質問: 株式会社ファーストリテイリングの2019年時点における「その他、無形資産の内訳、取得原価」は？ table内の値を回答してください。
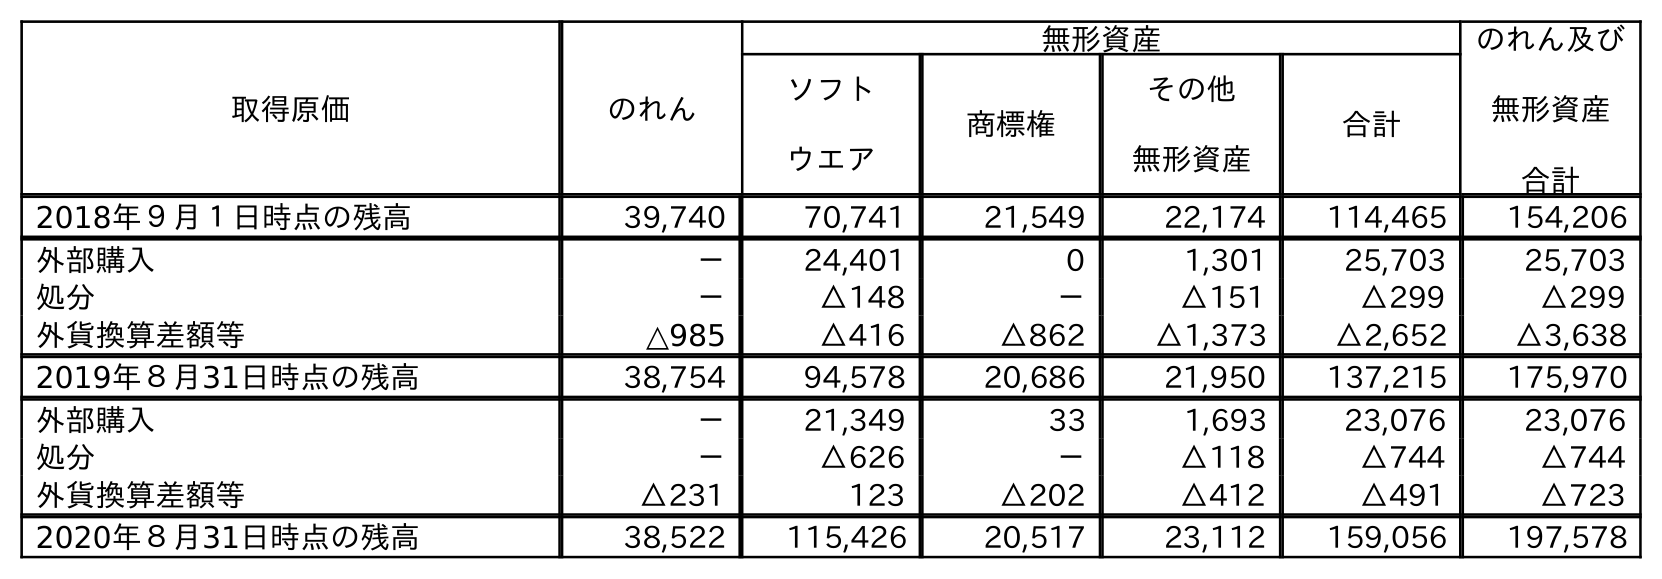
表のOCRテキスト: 取得原価 のれん 無形資産 のれん及び 無形資産 合計 ソフト ウエア 商標権 その他 無形資産 合計 2018年９月１日時点の残高 39,740 70,741 21,549 22,174 114,465 154,206 外部購入 － 24,401 0 1,301 25,703 25,703 処分 － △148 － △151 △299 △299 外貨換算差額等 △985 △416 △862 △1,373 △2,652 △3,638 2019年８月31日時点の残高 38,754 94,578 20,686 21,950 137,215 175,970 外部購入 － 21,349 33 1,693 23,076 23,076 処分 － △626 － △118 △744 △744 外貨換算差額等 △231 123 △202 △412 △491 △723 2020年８月31日時点の残高 38,522 115,426 20,517 23,112 159,056 197,578
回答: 21,950